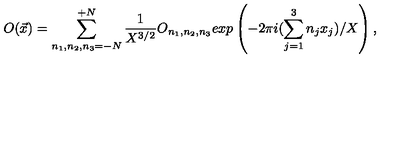
O ( { \vec { x } } ) = \sum _ { n _ { 1 } , n _ { 2 } , n _ { 3 } = - { N } } ^ { + { N } } \frac { 1 } { X ^ { 3 / 2 } } O _ { n _ { 1 } , n _ { 2 } , n _ { 3 } } e x p \left( - 2 \pi i ( \sum _ { j = 1 } ^ { 3 } n _ { j } x _ { j } ) / X \right) ,